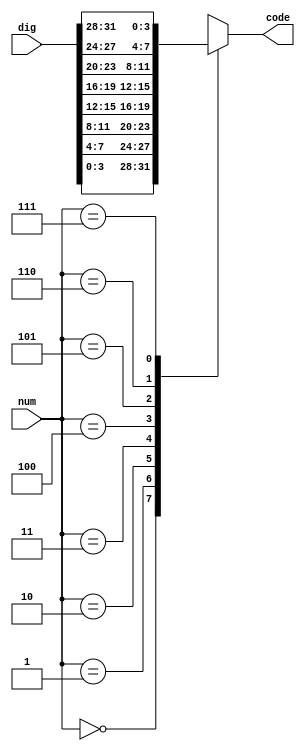
module DisplaySel(  // display the led by the rapid fresh from 0-7 led
    input [2:0] num, 
    input [31:0] dig, 
    output reg [3:0] code
);
    always @(*) begin
        case(num)
            3'd0: code = dig[3:0];
            3'd1: code = dig[7:4];
            3'd2: code = dig[11:8];
            3'd3: code = dig[15:12];
            3'd4: code = dig[19:16];
            3'd5: code = dig[23:20];
            3'd6: code = dig[27:24];
            3'd7: code = dig[31:28];
            default: code = 4'h0;
        endcase
    end
endmodule